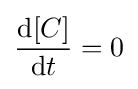
{\frac {{\text{d}}[C]}{{\text{d}}t}}=0